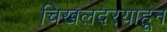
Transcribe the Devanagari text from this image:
चिखलदर्‍याहून